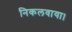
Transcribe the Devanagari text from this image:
निकलवाया।